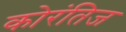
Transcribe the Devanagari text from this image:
कोरंतिज